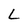
Character: L